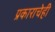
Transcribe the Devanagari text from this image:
प्रकाराचेही